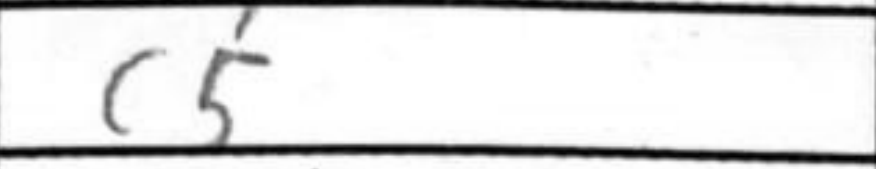
Transcription: c5